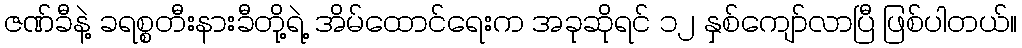
ဇဏ်ခီနဲ့ ခရစ္စတီးနားခီတို့ရဲ့ အိမ်ထောင်ရေးက အခုဆိုရင် ၁၂ နှစ်ကျော်လာပြီ ဖြစ်ပါတယ်။